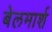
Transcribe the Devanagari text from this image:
बेलमार्श